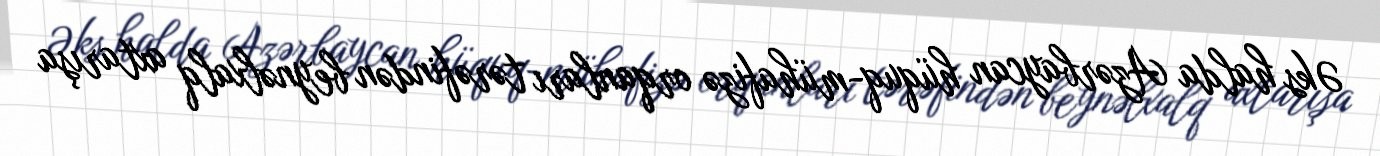
Əks halda Azərbaycan hüquq-mühafizə orqanları tərəfindən beynəlxalq axtarışa